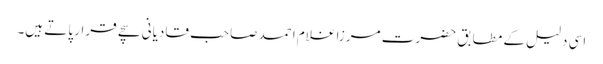
اسی دلیل کے مطابق حضرت مرزا غلام احمد صاحب قادیانی سچے قرار پاتے ہیں۔